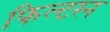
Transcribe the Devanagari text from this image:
फिल्टरन